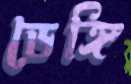
ডেঙ্গি